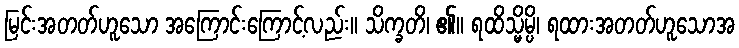
မြင်းအတတ်ဟူသော အကြောင်းကြောင့်လည်း။ သိက္ခတိ၊ ၏။ ရထိသ္မိမ္ပိ၊ ရထားအတတ်ဟူသောအ